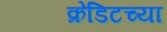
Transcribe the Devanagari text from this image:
क्रेडिटच्या